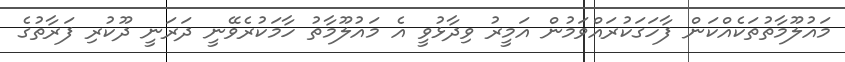
މައުލޫމާތުތަކެއްކަން ފާހަގަކުރައްވަމުން އަމީރު ވިދާޅުވީ އެ މައުލޫމާތު ހާމަކުރެވޭނީ ދަރަނީ ދޫކުރި ފަރާތުގެ